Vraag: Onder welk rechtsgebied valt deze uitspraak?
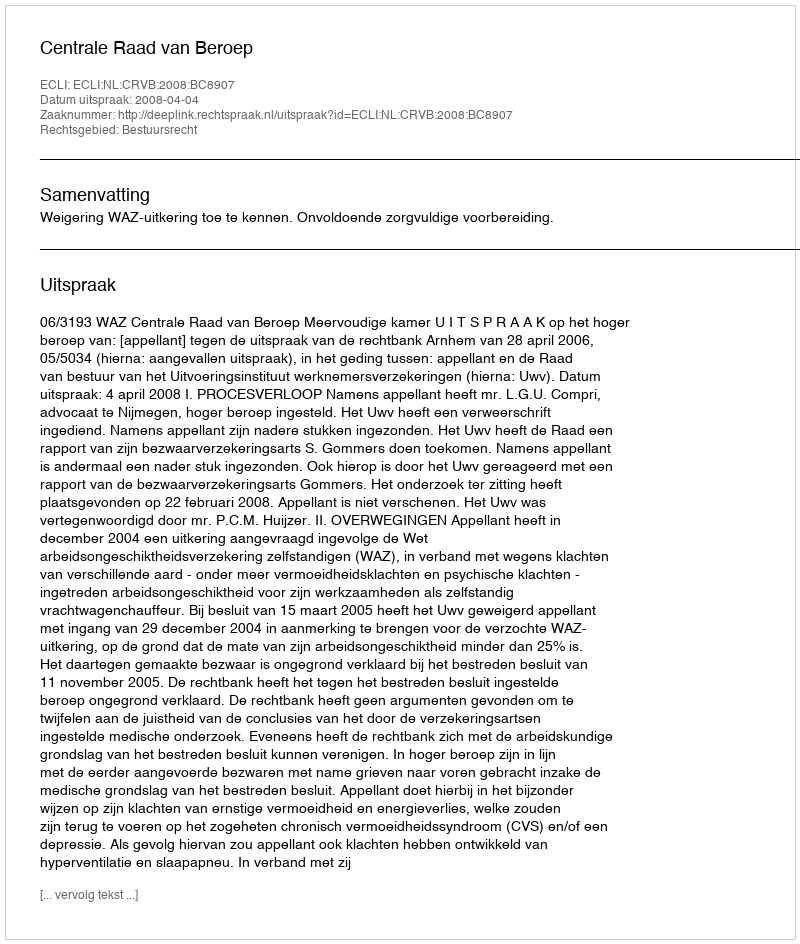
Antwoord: Bestuursrecht